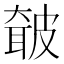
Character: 㿴